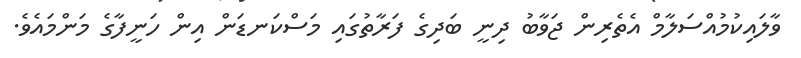
ވާލައިކުމުއްސަލާމް އެތެރިން ޖަވާބު ދިނީ ބަދިގެ ފަރާތުގައި މަސްކަނޑަން އިން ހަނީފާގެ މަންމައެވެ.